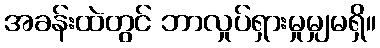
အခန်းထဲတွင် ဘာလှုပ်ရှားမှုမျှမရှိ။